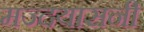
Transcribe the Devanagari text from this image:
मज्दयासनी